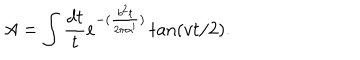
A = \int \frac { d t } { t } e ^ { - ( \frac { b ^ { 2 } t } { 2 \pi \alpha ^ { \prime } } ) } \tan ( v t / 2 ) .